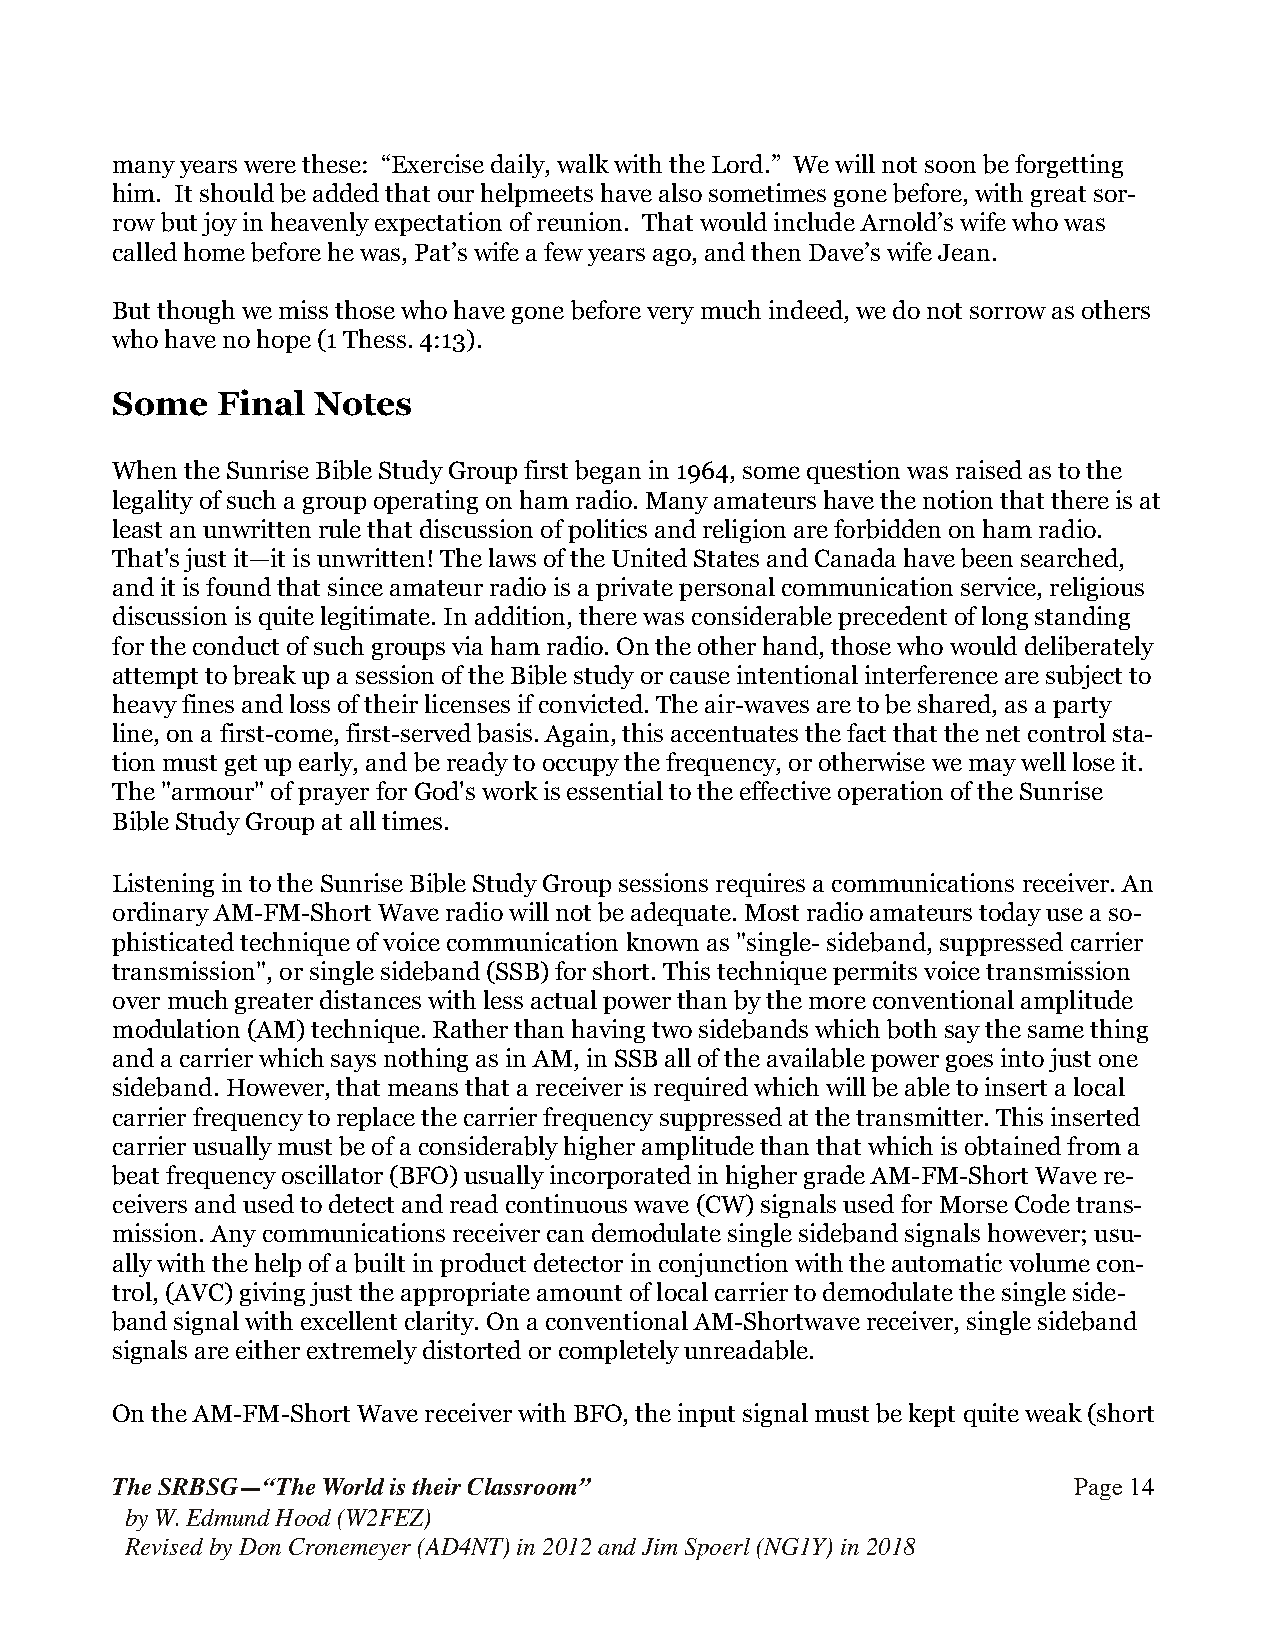
many years were these: “Exercise daily, walk with the Lord.” We will not soon be forgetting
 him. It should be added that our helpmeets have also sometimes gone before, with great sor-
 row but joy in heavenly expectation of reunion. That would include Arnold’s wife who was
 called home before he was, Pat’s wife a few years ago, and then Dave’s wife Jean.
 But though we miss those who have gone before very much indeed, we do not sorrow as others
 who have no hope (1 Thess. 4:13).
 Some   Final  Notes
 When the Sunrise Bible Study Group first began in 1964, some question was raised as to the
 legality of such a group operating on ham radio. Many amateurs have the notion that there is at
 least an unwritten rule that discussion of politics and religion are forbidden on ham radio.
 That's just it—it is unwritten! The laws of the United States and Canada have been searched,
 and it is found that since amateur radio is a private personal communication service, religious
 discussion is quite legitimate. In addition, there was considerable precedent of long standing
 for the conduct of such groups via ham radio. On the other hand, those who would deliberately
 attempt to break up a session of the Bible study or cause intentional interference are subject to
 heavy fines and loss of their licenses if convicted. The air-waves are to be shared, as a party
 line, on a first-come, first-served basis. Again, this accentuates the fact that the net control sta-
 tion must get up early, and be ready to occupy the frequency, or otherwise we may well lose it.
 The "armour" of prayer for God's work is essential to the effective operation of the Sunrise
 Bible Study Group at all times.
 Listening in to the Sunrise Bible Study Group sessions requires a communications receiver. An
 ordinary AM-FM-Short Wave radio will not be adequate. Most radio amateurs today use a so-
 phisticated technique of voice communication known as "single- sideband, suppressed carrier
 transmission", or single sideband (SSB) for short. This technique permits voice transmission
 over much greater distances with less actual power than by the more conventional amplitude
 modulation (AM) technique. Rather than having two sidebands which both say the same thing
 and a carrier which says nothing as in AM, in SSB all of the available power goes into just one
 sideband. However, that means that a receiver is required which will be able to insert a local
 carrier frequency to replace the carrier frequency suppressed at the transmitter. This inserted
 carrier usually must be of a considerably higher amplitude than that which is obtained from a
 beat frequency oscillator (BFO) usually incorporated in higher grade AM-FM-Short Wave re-
 ceivers and used to detect and read continuous wave (CW) signals used for Morse Code trans-
 mission. Any communications receiver can demodulate single sideband signals however; usu-
 ally with the help of a built in product detector in conjunction with the automatic volume con-
 trol, (AVC) giving just the appropriate amount of local carrier to demodulate the single side-
 band signal with excellent clarity. On a conventional AM-Shortwave receiver, single sideband
 signals are either extremely distorted or completely unreadable.
 On the AM-FM-Short Wave receiver with BFO, the input signal must be kept quite weak (short
 The SRBSG—“The World is their Classroom”                        Page !14
 by W. Edmund Hood (W2FEZ)
 Revised by Don Cronemeyer (AD4NT) in 2012 and Jim Spoerl (NG1Y) in 2018